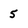
Character: 5